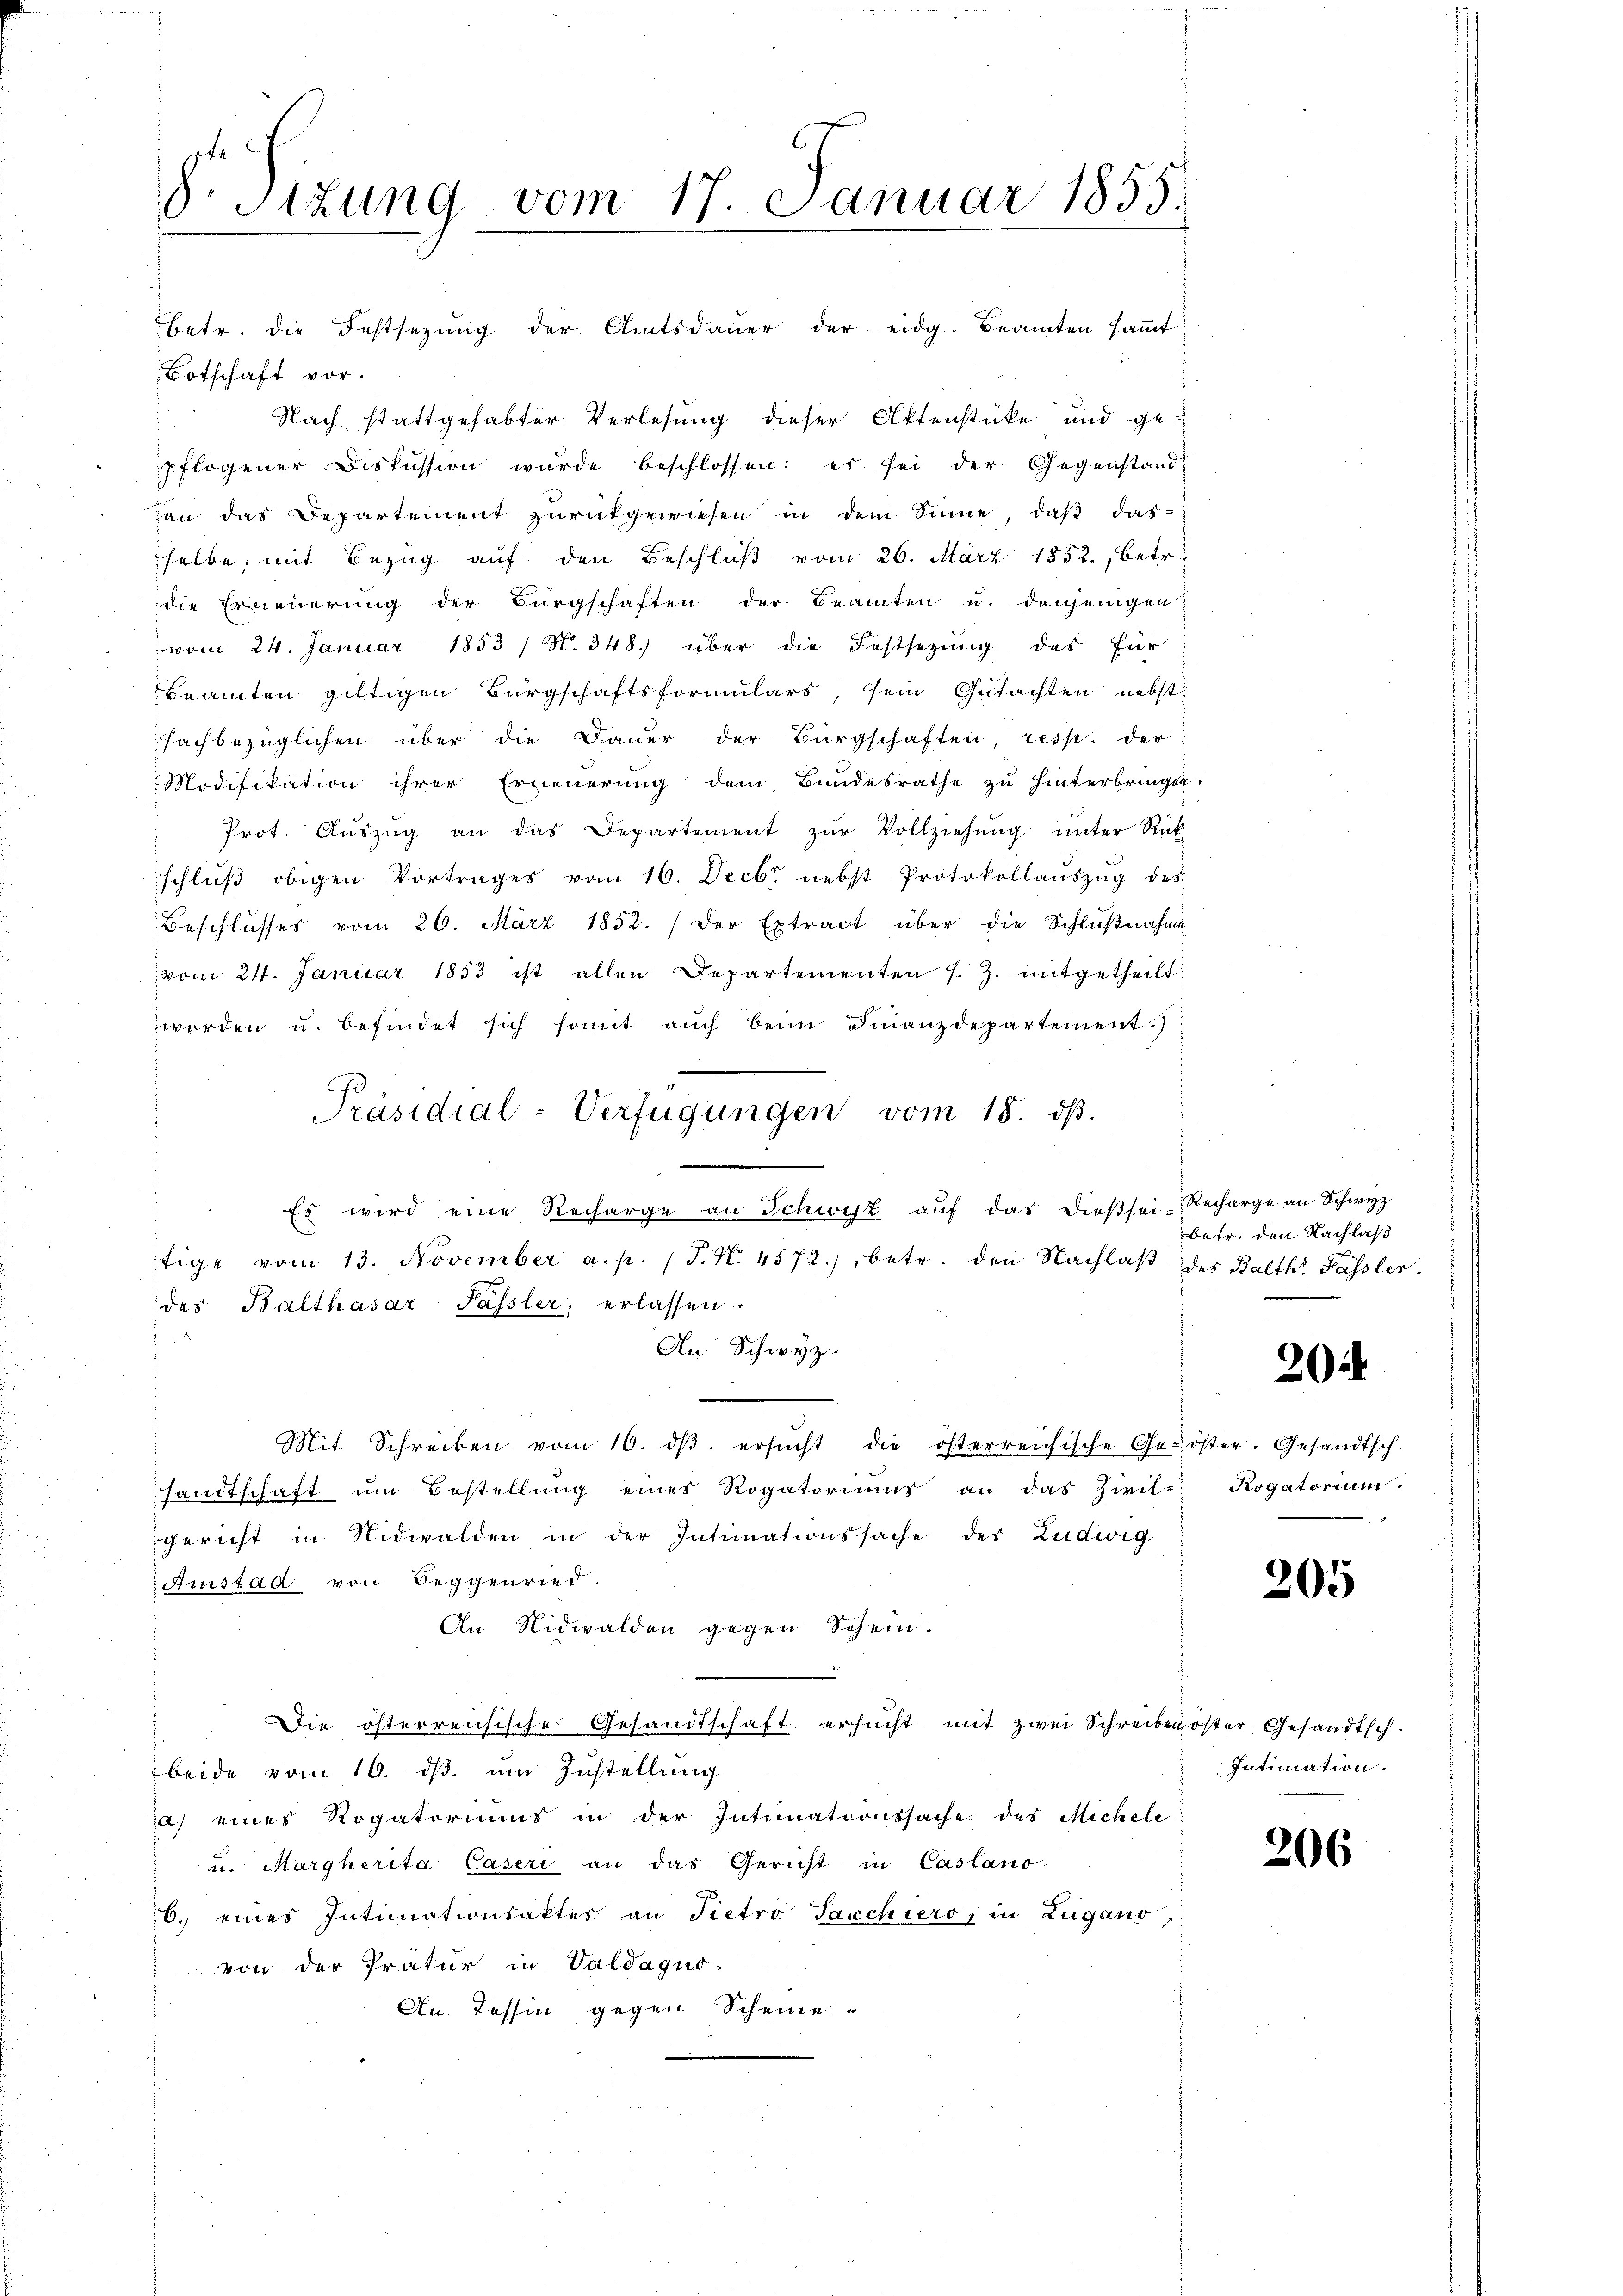
8. Sizung vom 17. Januar 1855.

betr. die Festsezung der Amtsdauer der eidg. Beamten sammt
Botschaft vor.
Nach stattgehabter Verlesung dieser Aktenstücke und ge-
pflogener Diskussion wurde beschlossen: es sei der Gegenstand
an das Departement zŭrükgewiesen in dem Sinne, daβ das-
selbe, mit Bezug auf den Beschluß vom 26. März 1852., betr.
die Erneuerung der Bürgschaften der Beamten u. denjenigen
vom 24. Januar 1853 / N. 348.) über die Festsezung des für
Beamten giltigen Bürgschaftsformulars, sein Gutachten nebst
fachbezüglichen über die Dauer der Bürgschaften resp. der
Modifikation ihrer Erneuerung dem Bundesrathe zu hinterbringen.
Prot. Aŭszŭg an das Departement zŭr Vollziehŭng ŭnter Rück
schlŭβ obigen Vortrages vom 16. Decbr. nebst Protokollaŭszŭg des
Beschlŭsses vom 26. März 1852. Der Extract über die Schlŭβnahme
vom 24. Januar 1853 ist allen Departementen s. Z. mitgetheilt
worden u. befindet sich somit aŭch beim Finanzdepartement.)
Es wird eine Recharge an Schwyz aŭf das dießsei-Recharge an Schwyz
tige vom 13. November a. p. 1 P. N. 4572), betr. den Nachlaβ des Balth. Fassler.
des Balthasar Passler, erlassen.
An Schwyz.
Mit Schreiben vom 10. dβ. ersŭcht die österreichische Geröster. Gesandtsch.
fandtschaft ŭm Bestellŭng eines Rogatoriums an das Zivil-
gericht in Nidwalden in der Intimationssache der Ludwig
Amstad von Seggenried.
An Nidwalden gegen Schein.
Die österreichische Gesandtschaft ersŭcht mit zwei Schreiben öster Gesandtsch.
beide vom 16. dβ. um Zustellung
a) eines Rogatoriums in der Intimationssache des Michele
u. Margherita Caseri an das Gericht in Casano-
6. eines Intimationsaktes an Tietro Sacchiero, in Zugano,
von der Tratur in Valdaquo-
An Tessin gegen Scheine

Präsidial-Verfügungen vom 18. dβ.

betr. den Nachlaß

20

Rogatorium.

205

Intimation.

206